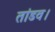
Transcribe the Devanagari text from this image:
तांडव।